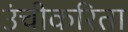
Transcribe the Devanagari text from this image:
उंचीकरिता